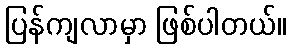
ပြန်ကျလာမှာ ဖြစ်ပါတယ်။